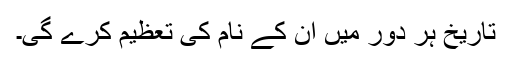
تاریخ ہر دور میں ان کے نام کی تعظیم کرے گی۔